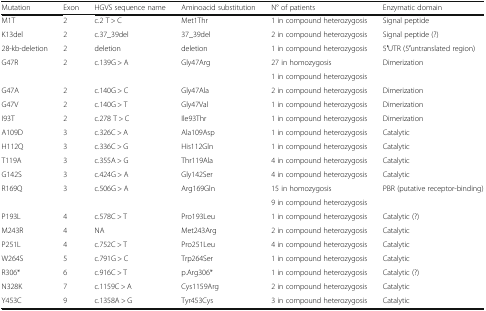
<table><thead><tr><td><b>Mutation</b></td><td><b>Exon</b></td><td><b>HGVS sequence name</b></td><td><b>Aminoacid substitution</b></td><td><b>N° of patients</b></td><td><b>Enzymatic domain</b></td></tr></thead><tbody><tr><td>M1T</td><td>2</td><td>c.2 T &gt; C</td><td>Met1Thr</td><td>1 in compound heterozygosis</td><td>Signal peptide</td></tr><tr><td>K13del</td><td>2</td><td>c.37_39del</td><td>37_39del</td><td>2 in compound heterozygosis</td><td>Signal peptide (?)</td></tr><tr><td>28-kb-deletion</td><td>2</td><td>deletion</td><td>deletion</td><td>1 in compound heterozygosis</td><td>5′UTR (5′untranslated region)</td></tr><tr><td rowspan="2">G47R</td><td rowspan="2">2</td><td rowspan="2">c.139G &gt; A</td><td rowspan="2">Gly47Arg</td><td>27 in homozygosis</td><td rowspan="2">Dimerization</td></tr><tr><td>1 in compound heterozygosis</td></tr><tr><td>G47A</td><td>2</td><td>c.140G &gt; C</td><td>Gly47Ala</td><td>2 in compound heterozygosis</td><td>Dimerization</td></tr><tr><td>G47V</td><td>2</td><td>c.140G &gt; T</td><td>Gly47Val</td><td>1 in compound heterozygosis</td><td>Dimerization</td></tr><tr><td>I93T</td><td>2</td><td>c.278 T &gt; C</td><td>Ile93Thr</td><td>1 in compound heterozygosis</td><td>Dimerization</td></tr><tr><td>A109D</td><td>3</td><td>c.326C &gt; A</td><td>Ala109Asp</td><td>1 in compound heterozygosis</td><td>Catalytic</td></tr><tr><td>H112Q</td><td>3</td><td>c.336C &gt; G</td><td>His112Gln</td><td>1 in compound heterozygosis</td><td>Catalytic</td></tr><tr><td>T119A</td><td>3</td><td>c.355A &gt; G</td><td>Thr119Ala</td><td>4 in compound heterozygosis</td><td>Catalytic</td></tr><tr><td>G142S</td><td>3</td><td>c.424G &gt; A</td><td>Gly142Ser</td><td>4 in compound heterozygosis</td><td>Catalytic</td></tr><tr><td rowspan="2">R169Q</td><td rowspan="2">3</td><td rowspan="2">c.506G &gt; A</td><td rowspan="2">Arg169Gln</td><td>15 in homozygosis</td><td rowspan="2">PBR (putative receptor-binding)</td></tr><tr><td>9 in compound heterozygosis</td></tr><tr><td>P193L</td><td>4</td><td>c.578C &gt; T</td><td>Pro193Leu</td><td>1 in compound heterozygosis</td><td>Catalytic (?)</td></tr><tr><td>M243R</td><td>4</td><td>NA</td><td>Met243Arg</td><td>2 in compound heterozygosis</td><td>Catalytic</td></tr><tr><td>P251L</td><td>4</td><td>c.752C &gt; T</td><td>Pro251Leu</td><td>4 in compound heterozygosis</td><td>Catalytic</td></tr><tr><td>W264S</td><td>5</td><td>c.791G &gt; C</td><td>Trp264Ser</td><td>1 in compound heterozygosis</td><td>Catalytic</td></tr><tr><td>R306*</td><td>6</td><td>c.916C &gt; T</td><td>p.Arg306*</td><td>1 in compound heterozygosis</td><td>Catalytic (?)</td></tr><tr><td>N328K</td><td>7</td><td>c.1159C &gt; A</td><td>Cys1159Arg</td><td>2 in compound heterozygosis</td><td>Catalytic</td></tr><tr><td>Y453C</td><td>9</td><td>c.1358A &gt; G</td><td>Tyr453Cys</td><td>3 in compound heterozygosis</td><td>Catalytic</td></tr></tbody></table>